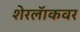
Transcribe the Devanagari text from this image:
शेरलॅाकवर